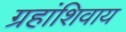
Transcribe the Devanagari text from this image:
ग्रहांशिवाय